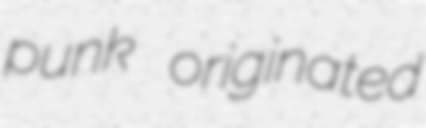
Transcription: punk originated